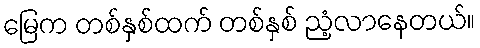
မြေက တစ်နှစ်ထက် တစ်နှစ် ညံ့လာနေတယ်။